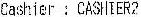
CASHIER : CASHTER2